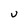
Character: u